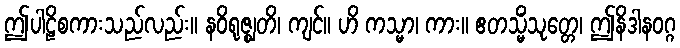
ဤပါဠိစကားသည်လည်း။ နဝိရုဇ္ဈတိ၊ ကျင်။ ဟိ ကသ္မာ၊ ကား။ ဧတသ္မိံသုတ္တေ၊ ဤနိဒါနဝဂ္ဂ